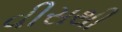
વીસથી